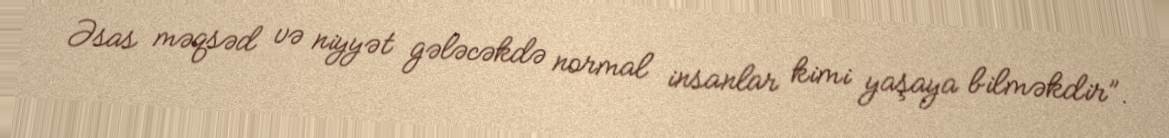
Əsas məqsəd və niyyət gələcəkdə normal insanlar kimi yaşaya bilməkdir”.